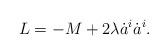
LaTeX: \begin{align*}L = -M + 2\lambda \dot{a}^i\dot{a}^i.\end{align*}